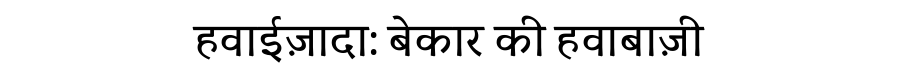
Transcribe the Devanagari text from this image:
हवाईज़ादा: बेकार की हवाबाज़ी